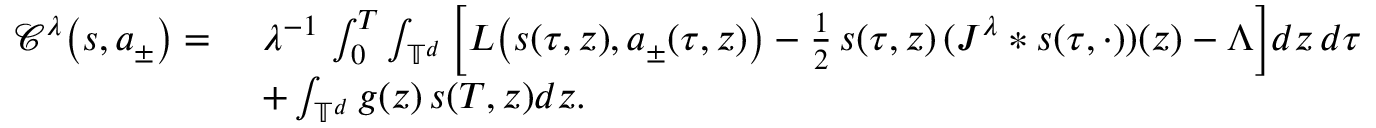
\begin{array} { r l } { \mathcal { C } ^ { \lambda } \big ( s , a _ { \pm } \big ) = } & { \ \lambda ^ { - 1 } \, \int _ { 0 } ^ { T } \int _ { \mathbb { T } ^ { d } } \Big [ L \big ( s ( \tau , z ) , a _ { \pm } ( \tau , z ) \big ) - \frac { 1 } { 2 } \, s ( \tau , z ) \, ( J ^ { \lambda } * s ( \tau , \cdot ) ) ( z ) - \boldsymbol \Lambda \Big ] d z \, d \tau } \\ & { \ + \int _ { \mathbb { T } ^ { d } } g ( z ) \, s ( T , z ) d z . } \end{array}